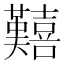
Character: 囏